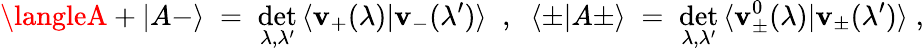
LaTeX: \langleA+|A-\rangle\; =\; \operatorname*{det}_{\lambda,\lambda^{\prime}}\, \langle\mathbf{v}_{+}(\lambda)|\mathbf{v}_{-}(\lambda^{\prime})\rangle\; \; ,\; \; \langle\pm|A\pm\rangle\; =\; \operatorname*{det}_{\lambda,\lambda^{\prime}}\, \langle\mathbf{v}_{\pm}^{0}(\lambda)|\mathbf{v}_{\pm}(\lambda^{\prime})\rangle\; ,